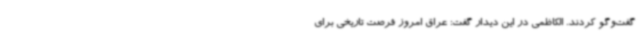
گفت‌وگو کردند. الکاظمی در این دیدار گفت: عراق امروز فرصت تاریخی برای